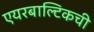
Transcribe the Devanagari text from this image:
एयरबाल्टिकची